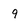
Character: 9